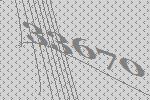
33670